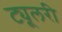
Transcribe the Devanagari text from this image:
ट्यूलरी